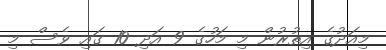
މިއަދުގެ އިތުރުން މި މަހުގެ 9 އަދި 10 ގައި ވެސް މި